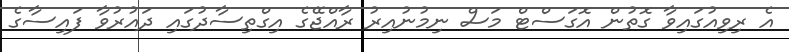
އެ ރިވިއުގައިވާ ގޮތުން އޮގަސްޓް މަސް ނިމުނުއިރު ރާއްޖޭގެ އިގްތިސާދުގައި ދައުރުވާ ފައިސާގެ